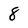
Character: 8